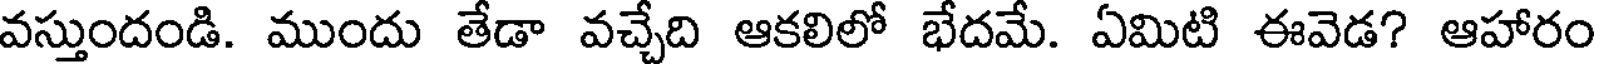
వస్తుందండి. ముందు తేడా వచ్చేది ఆకలిలో భేదమే. ఏమిటి ఈవెడ? ఆహారం